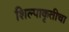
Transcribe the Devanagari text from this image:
शिल्पाकृतीचा